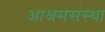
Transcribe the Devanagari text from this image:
आश्रमसंस्था